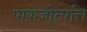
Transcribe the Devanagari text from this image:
पाकजोत्पत्ति